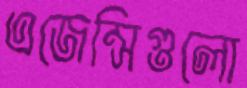
এজেন্সিগুলো